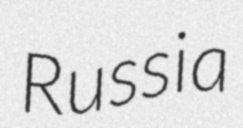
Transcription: Russia